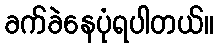
ခက်ခဲနေပုံရပါတယ်။